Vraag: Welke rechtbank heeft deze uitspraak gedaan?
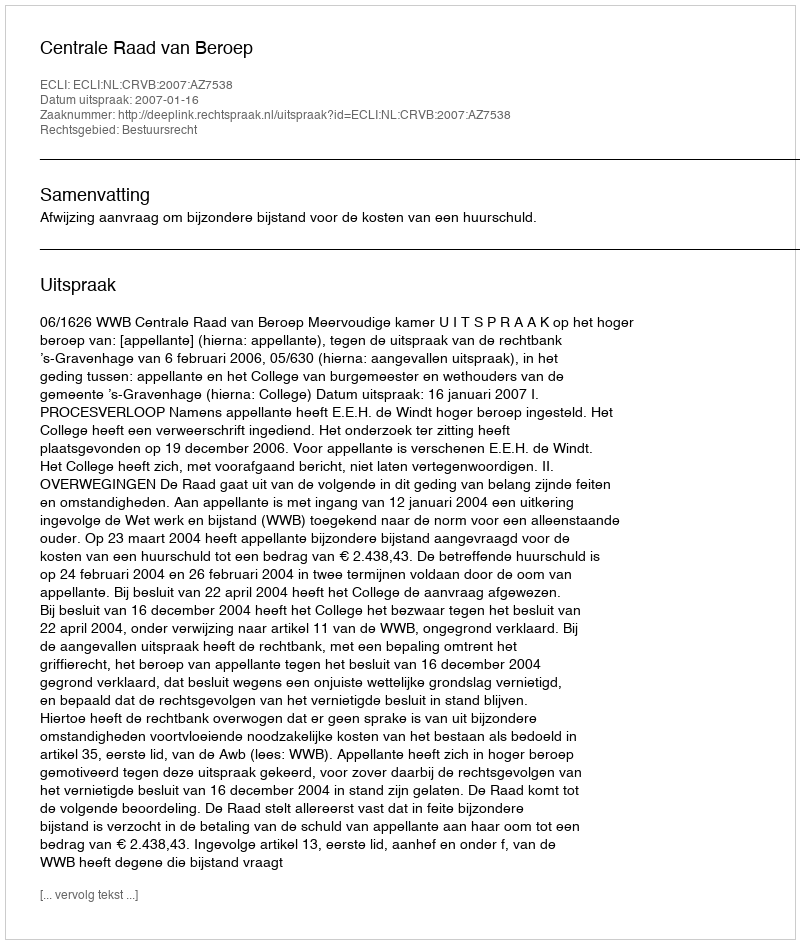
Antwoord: Centrale Raad van Beroep